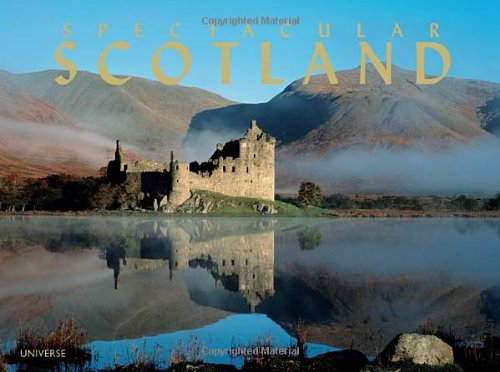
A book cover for Spectacular Scotland; James Gracie; Arts & Photography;